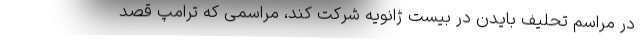
در مراسم تحلیف بایدن در بیست ژانویه شرکت کند، مراسمی که ترامپ قصد